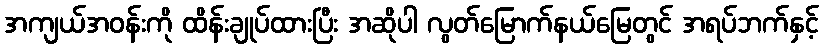
အကျယ်အဝန်းကို ထိန်းချုပ်ထားပြီး အဆိုပါ လွတ်မြောက်နယ်မြေတွင် အရပ်ဘက်နှင့်